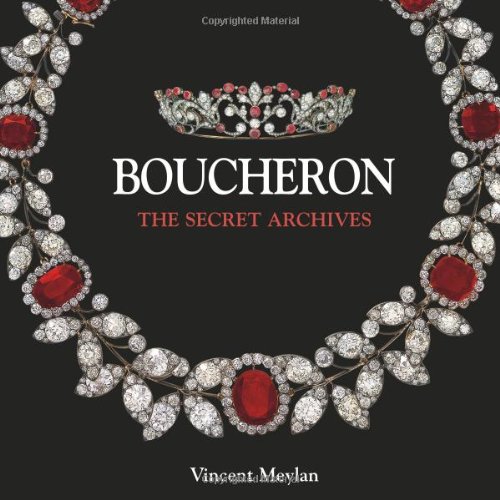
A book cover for Boucheron: The Secret Archives; Vincent Meylan; Crafts, Hobbies & Home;